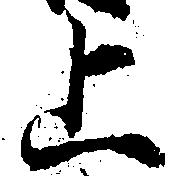
上